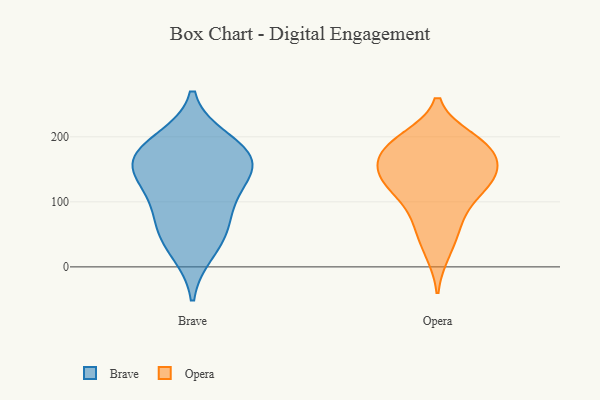
{"axis": {"x": "LTV (USD)", "y": "Value"}, "legend": ["Brave", "Opera"], "data": [{"x": "", "y": 193, "type": "Brave"}, {"x": "", "y": 159, "type": "Brave"}, {"x": "", "y": 177, "type": "Brave"}, {"x": "", "y": 25, "type": "Brave"}, {"x": "", "y": 166, "type": "Brave"}, {"x": "", "y": 159, "type": "Brave"}, {"x": "", "y": 62, "type": "Brave"}, {"x": "", "y": 114, "type": "Brave"}, {"x": "", "y": 61, "type": "Brave"}, {"x": "", "y": 120, "type": "Brave"}, {"x": "", "y": 125, "type": "Opera"}, {"x": "", "y": 137, "type": "Opera"}, {"x": "", "y": 69, "type": "Opera"}, {"x": "", "y": 180, "type": "Opera"}, {"x": "", "y": 160, "type": "Opera"}, {"x": "", "y": 197, "type": "Opera"}, {"x": "", "y": 22, "type": "Opera"}, {"x": "", "y": 190, "type": "Opera"}, {"x": "", "y": 142, "type": "Opera"}, {"x": "", "y": 171, "type": "Opera"}, {"x": "", "y": 107, "type": "Opera"}, {"x": "", "y": 148, "type": "Opera"}, {"x": "", "y": 59, "type": "Opera"}, {"x": "", "y": 118, "type": "Opera"}, {"x": "", "y": 193, "type": "Opera"}]}